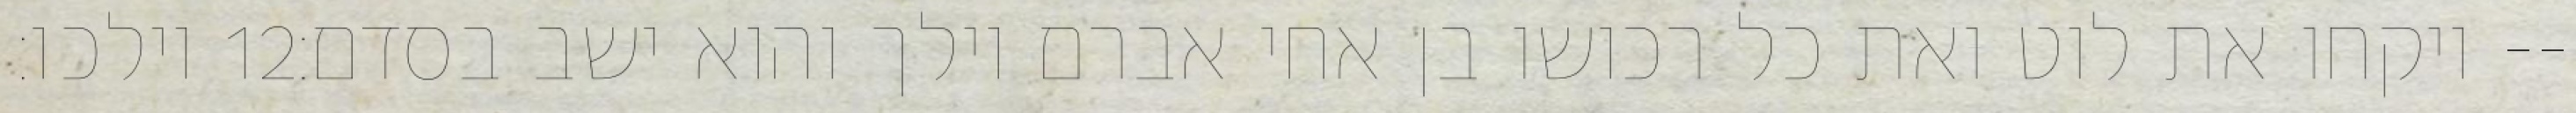
וילכו׃ ‎12‏ ויקחו את לוט ואת כל רכושו בן אחי אברם וילך והוא ישב בסדם׃--